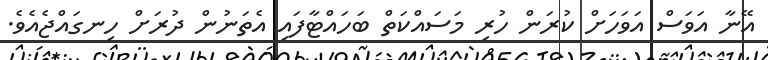
އޭނާ އަވަސް އަވަހަށް ކުރަން ހުރި މަސައްކަތް ބަހައްޓާފައި އެތަނުން ދުރަށް ހިނގައްޖެއެވެ.